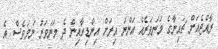
ރާއްޖެއަށް ޗައިނާގެ މަނަވަރެއް އަންނަ އިރަށް އިންޑިއާއިން ދެ މަނަވަރު ނަމަވެސް އެ